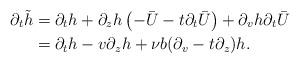
LaTeX: \begin{align*}\partial_t\tilde{h} & = \partial_t h + \partial_z h \left(-\bar{U} - t \partial_t \bar{U}\right) + \partial_v h \partial_t \bar{U} \\ & = \partial_t h - v \partial_z h + \nu b(\partial_v - t\partial_z)h. \end{align*}